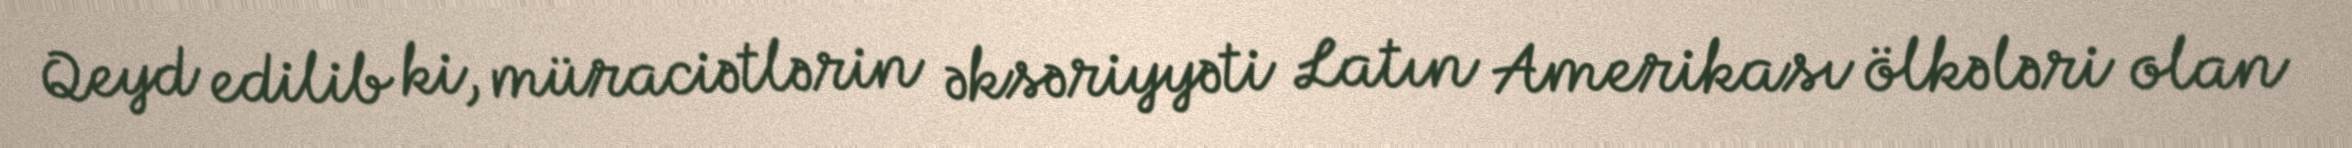
Qeyd edilib ki, müraciətlərin əksəriyyəti Latın Amerikası ölkələri olan